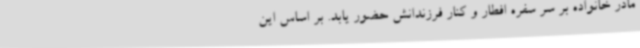
مادر خانواده بر سر سفره افطار و کنار فرزندانش حضور یابد. بر اساس این